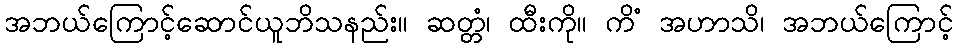
အဘယ်ကြောင့်ဆောင်ယူဘိသနည်း။ ဆတ္တံ၊ ထီးကို။ ကိံ အဟာသိ၊ အဘယ်ကြောင့်